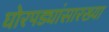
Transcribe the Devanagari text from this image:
घोरपड्यांसारख्या